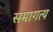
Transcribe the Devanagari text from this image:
समागत्य